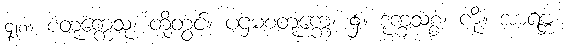
၄၂၈။ စတုက္ကေသု၊ တို့တွင်။ ပဌမစတုက္ကေ၊ ၌။ ဒုက္ခသစ္စံ၊ ကို။ အာရဗ္ဘ၊